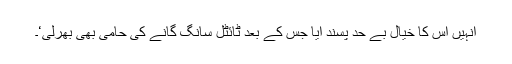
انہیں اس کا خیال بے حد پسند آیا جس کے بعد ٹائٹل سانگ گانے کی حامی بھی بھرلی‘۔